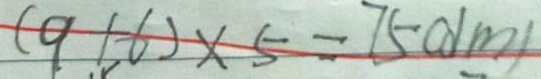
( 9 1 - 6 ) \times 5 = 7 5 ( d m )